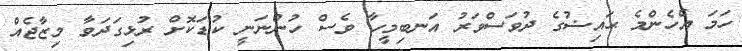
ހަމަ އެހެންމެ ޙައިޟުގެ ދުވަސްވަރު އަނބިމީހާ ވެސް ހުންނަނީ ކުޑަކޮށް ރުޅިގަދަވާ މިޒާޖެއް